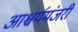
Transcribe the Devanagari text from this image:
आश्चर्यमंजरी